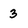
Character: 3